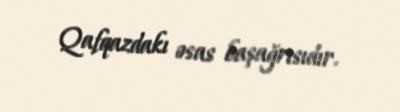
Qafqazdakı əsas başağrısıdır.